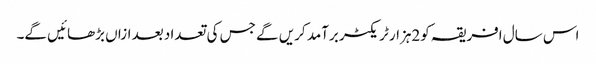
اس سال افریقہ کو2ہزار ٹریکٹر برآمد کریں گے جس کی تعداد بعد ازاں بڑھائیں گے۔